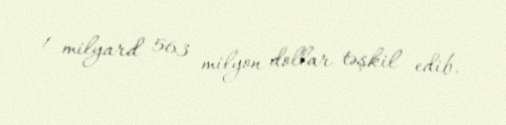
1 milyard 563 milyon dollar təşkil edib.